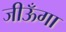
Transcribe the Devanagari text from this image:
जीऊँगा